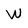
Character: W